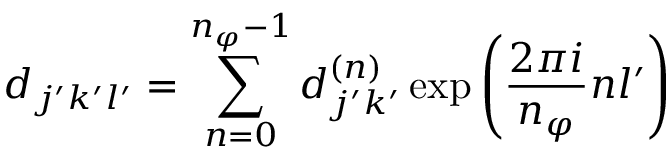
d _ { j ^ { \prime } k ^ { \prime } l ^ { \prime } } = \sum _ { n = 0 } ^ { n _ { \varphi } - 1 } d _ { j ^ { \prime } k ^ { \prime } } ^ { ( n ) } \exp { \left( \frac { 2 \pi i } { n _ { \varphi } } n l ^ { \prime } \right) }